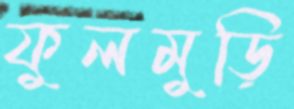
ফুলমুড়ি